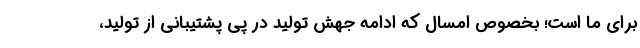
برای ما است؛ بخصوص امسال که ادامه جهش تولید در پی پشتیبانی از تولید،